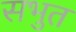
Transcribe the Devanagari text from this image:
सभुत